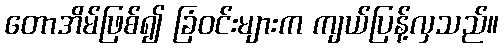
တောအိမ်ဖြစ်၍ ခြံဝင်းများက ကျယ်ပြန့်လှသည်။